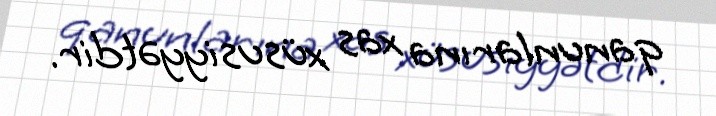
qanunlarına xas xüsusiyyətdir.